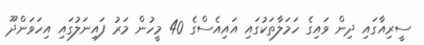
ސީރިއާގައި ދިން ވައިގެ ހަމަލާތަކުގައި އައިއެސްގެ 40 މީހުން މަރު ފައިނަލުގައި އިހަވަންދޫ